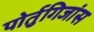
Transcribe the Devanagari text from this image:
पोर्तुगिजांस